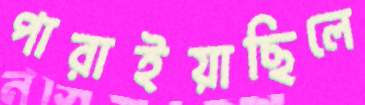
পারাইয়াছিলে